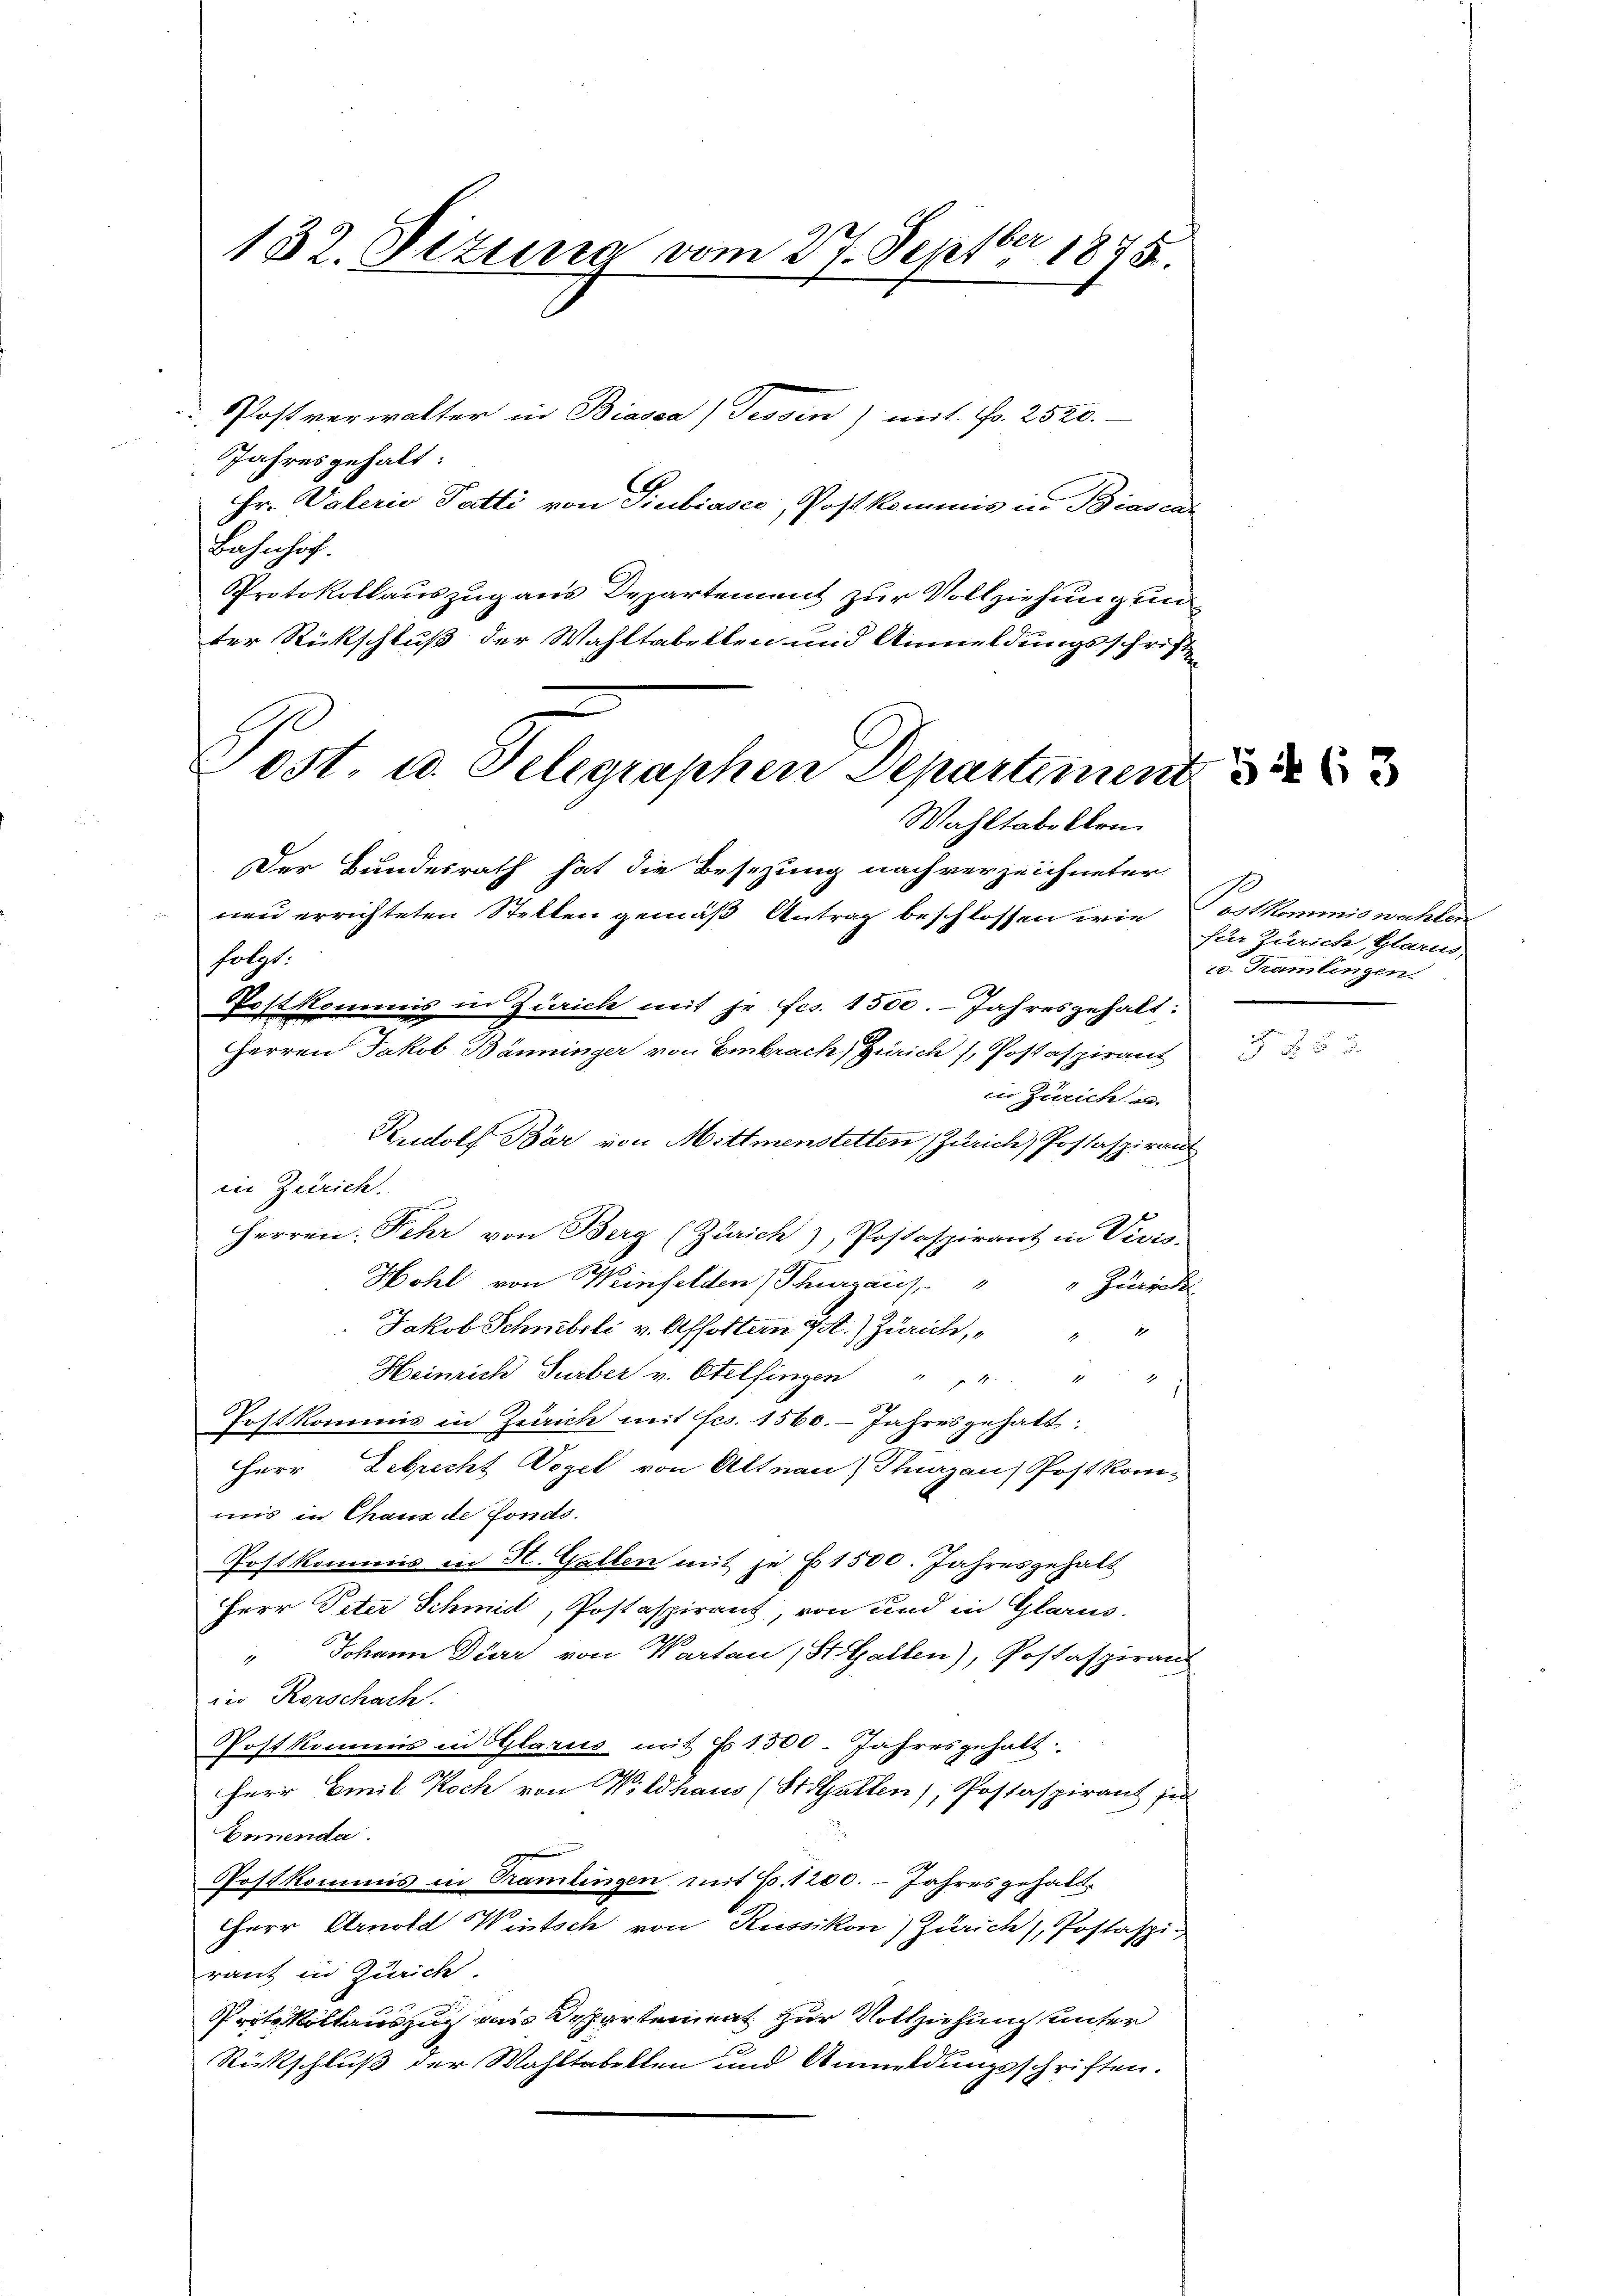
132. Sizung vom 27. Septbr 1875.

Postverwalter in Biasca (Tessin) mit Fr. 2520.
Jahresgehalt:
Hr. Vaterie Patti von Siubiasco, Post kommis in Biascal
Bahnhof.
Protokollauszug aus Departement zur Vollziehung un
ter Rückschluß der Wahltabellen und Anmeldungsschrift
Post. es Telegraphen Departement 82

Wahltabellen.
Der Bundesrath hat die Besizung nach verzeichneter
neu errichteten Stellen gemäß Antrag beschlossen wie ostkommiswahlen
folgt.
Postkommis in Zürich mit je fcs. 1500. Jahresgehalt:
Herren Jakob Bänninger von Embrach Zürich Postaspirant
in Zürich an.
Rudolf Bär von Mettmenstetten (Zürich, Postaspiran
in Zürich.
Herren: Fehr von Berg (Zürich), Postaspirant in Vivis
Hohl von Weinfelden Thurgaus
 Zürich
Jakob Schwebeli v. Affoltern J. Zürich,
Heinrich Turber v. Otelfingen " " " " "
Postkommis in Zürich mit fes. 1560. Jahresgehalt:
Herr Lebrecht Vogel von Altnau, Thurgau) Postkommis in Chaux de fonds.
Postkommis in H. Gallen mit je 1500. Jahresgehalt
Herr Peter Schmidt, Postaspirant, von und in Glarus.
" Johann Dürr von Wartau, St. Gallen), Postaspiranz
in Rorschach.
Postkommis in Glarus mit Fr. 1500. Jahresgehalt.
Herr Emil Koch von Wildhaus (StGallen), Postaspirant jed
Ennenda.
Postkommis in Rammlingen mit Fr. 1200. - Jahres gehalt.
HHerr Arnold Wintsch von Russikon) Zürich), Postaspiranz in Zürich.
Protokollauszug an Departement zur Vollziehung unter
Rückschluß der Wahltabellen und Anmeldungsschriften.

für Zürich, Glarus,
2. Tramlingen.

85